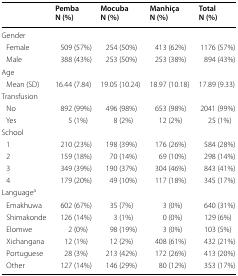
|  | PembaN (%) | MocubaN (%) | ManhiçaN (%) | TotalN (%) |
 | --- | --- | --- | --- | --- |
 | <COLSPAN=5> Gender |
 | Female | 509 (57%) | 254 (50%) | 413 (62%) | 1176 (57%) |
 | Male | 388 (43%) | 253 (50%) | 253 (38%) | 894 (43%) |
 | <COLSPAN=5> Age |
 | Mean (SD) | 16.44 (7.84) | 19.05 (10.24) | 18.97 (10.18) | 17.89 (9.33) |
 | <COLSPAN=5> Transfusion |
 | No | 892 (99%) | 496 (98%) | 653 (98%) | 2041 (99%) |
 | Yes | 5 (1%) | 8 (2%) | 12 (2%) | 25 (1%) |
 | <COLSPAN=5> School |
 | 1 | 210 (23%) | 198 (39%) | 176 (26%) | 584 (28%) |
 | 2 | 159 (18%) | 70 (14%) | 69 (10%) | 298 (14%) |
 | 3 | 349 (39%) | 190 (37%) | 304 (46%) | 843 (41%) |
 | 4 | 179 (20%) | 49 (10%) | 117 (18%) | 345 (17%) |
 | <COLSPAN=5> Languagea |
 | Emakhuwa | 602 (67%) | 35 (7%) | 3 (0%) | 640 (31%) |
 | Shimakonde | 126 (14%) | 3 (1%) | 0 (0%) | 129 (6%) |
 | Elomwe | 2 (0%) | 98 (19%) | 3 (0%) | 103 (5%) |
 | Xichangana | 12 (1%) | 12 (2%) | 408 (61%) | 432 (21%) |
 | Portuguese | 28 (3%) | 213 (42%) | 172 (26%) | 413 (20%) |
 | Other | 127 (14%) | 146 (29%) | 80 (12%) | 353 (17%) |